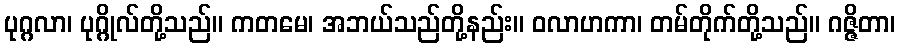
ပုဂ္ဂလာ၊ ပုဂ္ဂိုလ်တို့သည်။ ကတမေ၊ အဘယ်သည်တို့နည်း။ ဝလာဟကာ၊ တမ်တိုက်တို့သည်။ ဂဇ္ဇိတာ၊